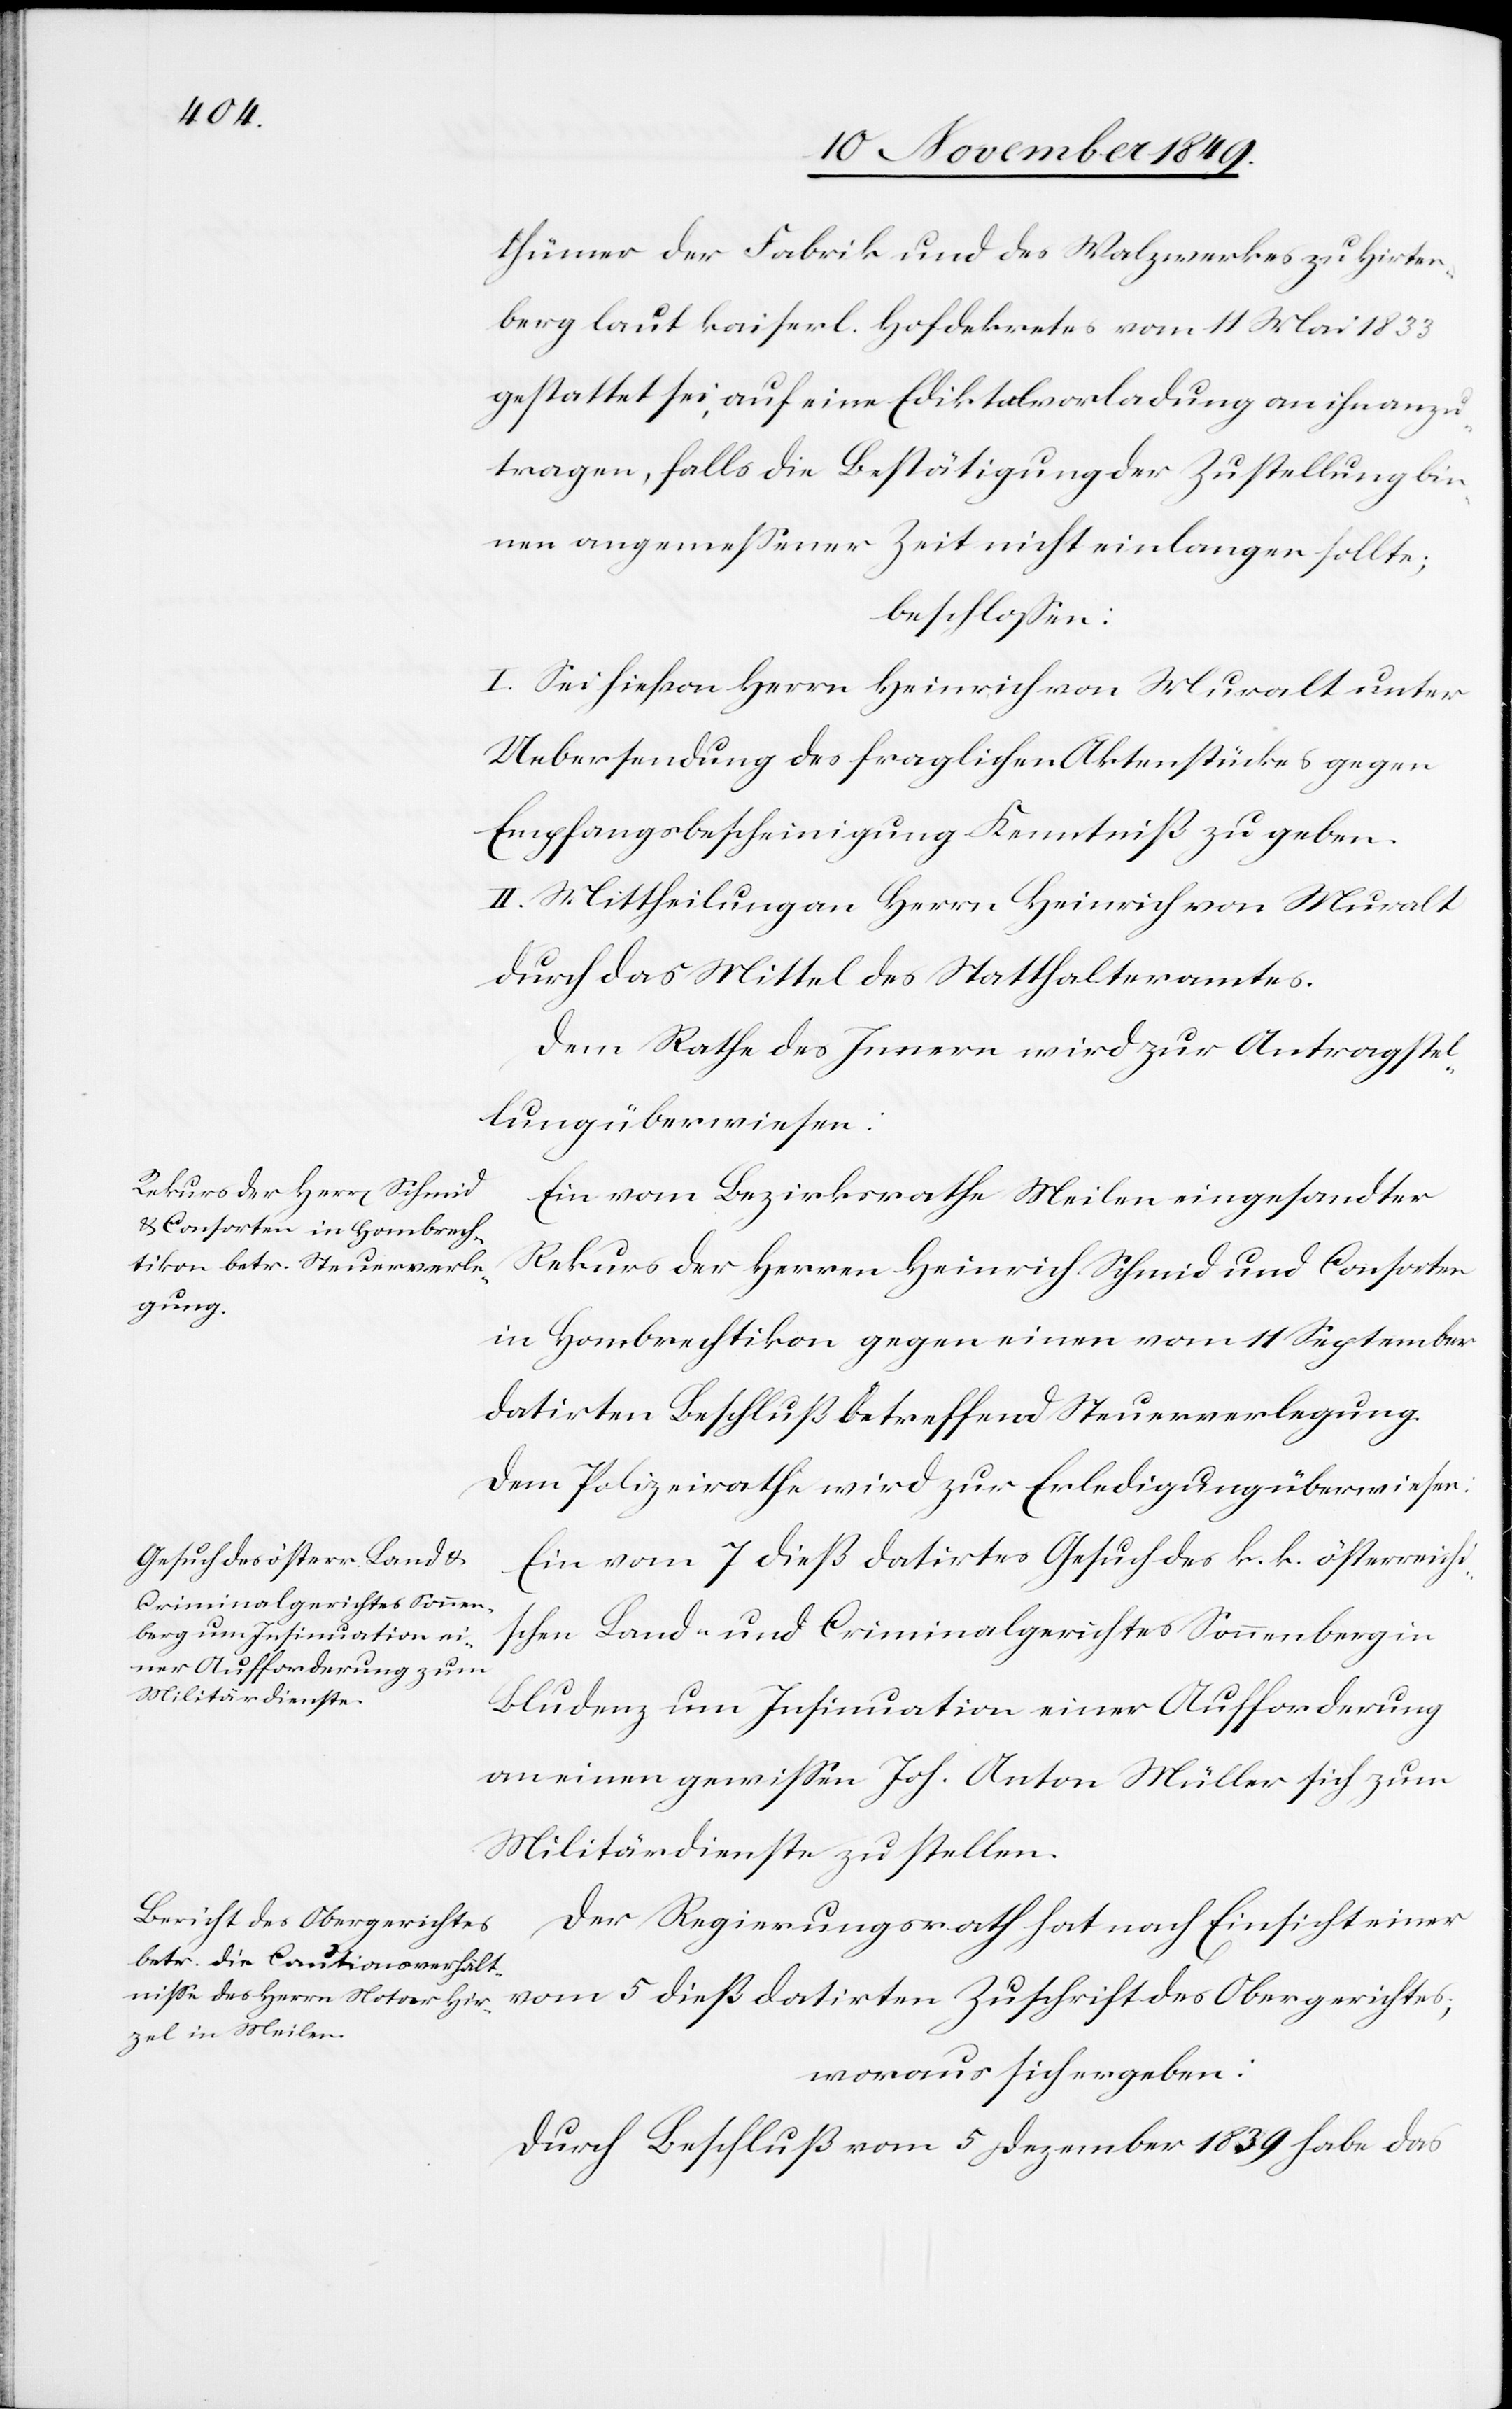
thümer der Fabrik und des Walzwerkes zu Hirten¬
berg laut kaiserl. Hofdekretes vom 11 Mai 1833
gestattet sei, auf eine Ediktvorladung an ihn anzu¬
tragen, falls die Bestätigung der Zustellung bin¬
nen angemeßener Zeit nicht einlangen sollte;
beschloßen:
I. Sei hievon Herrn Heinrich von Muralt unter
Uebersendung des fraglichen Aktenstückes gegen
Empfangsbescheinigung Kenntniß zu geben.
II. Mittheilungen an Herrn Heinrich von Muralt
durch das Mittel des Statthalteramtes.
Dem Rathe des Innern wird zur Antragstel¬
lung überwiesen:
Ein vom Bezirksrathe Meilen eingesandter
Rekurs der Herren Heinrich Schmid und Consorten
in Hombrechtikon gegen einen vom 11 September
datirten Beschluß betreffend Steuerverlegung.
Dem Polizeirathe wird zur Erledigung überwiesen:
Ein vom 7 dieß datirtes Gesuch des k. k. österreichi¬
schen Land- und Criminalgerichtes Sonnenberg in
Bludenz um Insinuation einer Aufforderung
an einen gewißen Joh. Anton Müller sich zum
Militärdienste zu stellen.
Zuschrift des Obergerichtes;
Der Regierungsrath hat nach Einsicht einer
woraus sich ergeben:
durch Beschluß vom 5 Dezember 1839 habe das